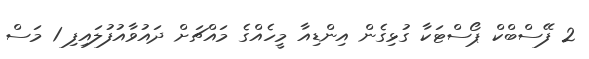
2 ފޭސްބްކް ޕޯސްޓަކާ ގުޅިގެން އިންޑިއާ މީހެއްގެ މައްޗަށް ދައުވާއުފުލައިފި 1 މަސް